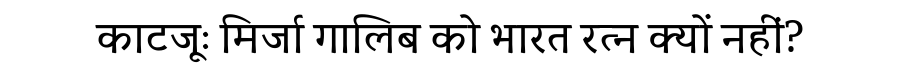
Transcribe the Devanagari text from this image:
काटजूः मिर्जा गालिब को भारत रत्न क्यों नहीं?